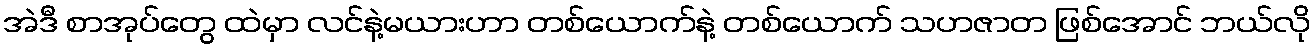
အဲဒီ စာအုပ်တွေ ထဲမှာ လင်နဲ့မယားဟာ တစ်ယောက်နဲ့ တစ်ယောက် သဟဇာတ ဖြစ်အောင် ဘယ်လို